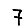
Digit: 7